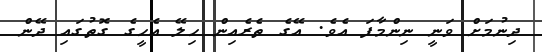
ދިނުމަށް ވަނީ ނިންމާފަ އެވެ. އޭގެ ތެރެއިން ހިލޭ އެހީގެ ގޮތުގައި ދޭން